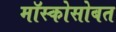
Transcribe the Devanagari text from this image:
मॉस्कोसोबत